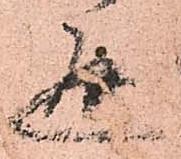
通